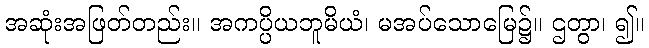
အဆုံးအဖြတ်တည်း။ အကပ္ပိယဘူမိယံ၊ မအပ်သောမြေ၌။ ဌတွာ၊ ၍။